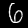
Digit: 6